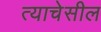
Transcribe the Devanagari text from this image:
त्याचेसील